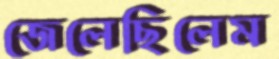
জেলেছিলেম